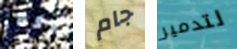
وكلا جام لتدمير